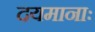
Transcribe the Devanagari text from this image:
दयमानाः